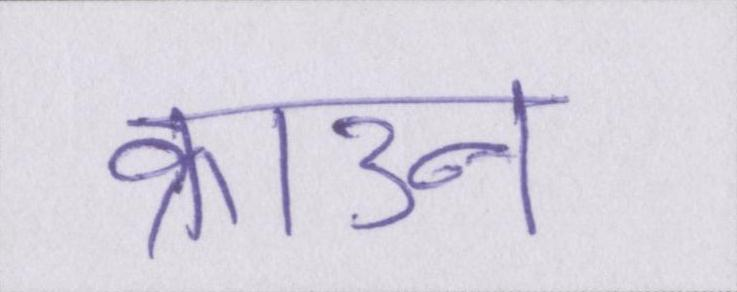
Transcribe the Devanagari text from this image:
क्राउन